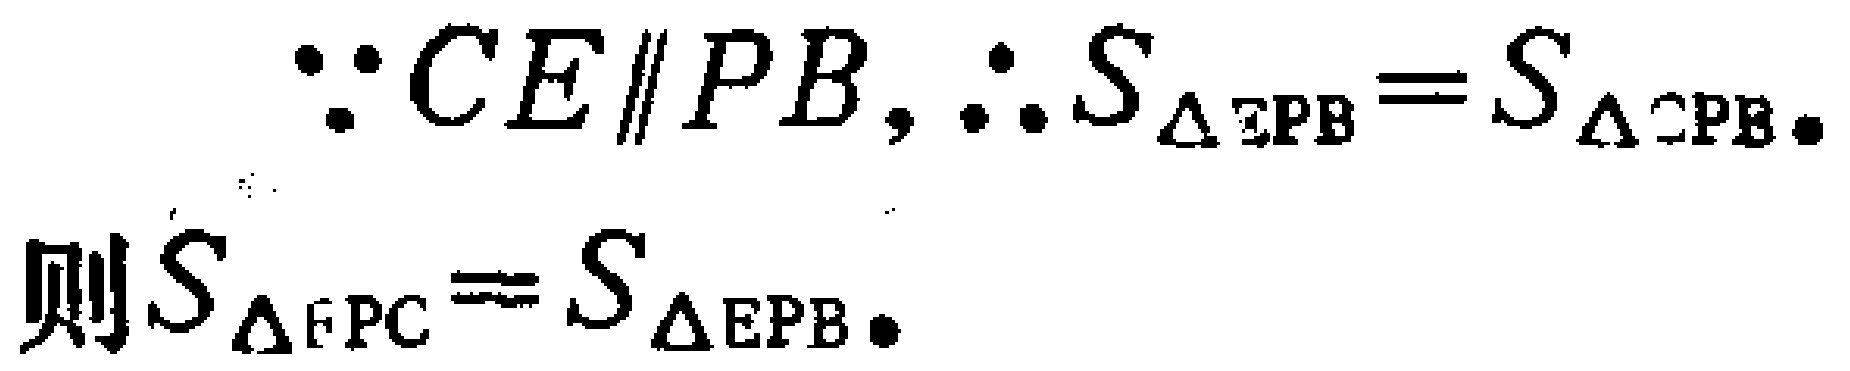
\(\because CE\parallel PB,\therefore S_{\triangle EPB}=S_{\triangle CPB}.\)
则\(S_{\triangle EPC}=S_{\triangle EPB}.\)